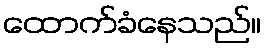
ထောက်ခံနေသည်။